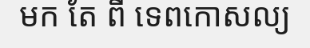
មក តែ ពី ទេពកោសល្យ